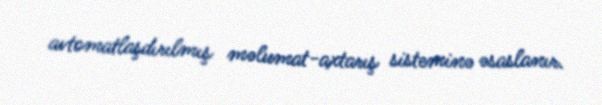
avtomatlaşdırılmış məlumat-axtarış sisteminə əsaslanır.